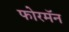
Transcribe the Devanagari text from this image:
फोरमॅन